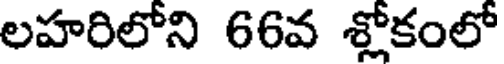
లహరిలోని 66వ శ్లోకంలో